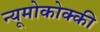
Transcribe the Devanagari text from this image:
न्यूमोकोक्की